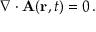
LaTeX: \nabla \cdot { \mathbf { A } } ( \mathbf { r } , t ) = 0 \, .